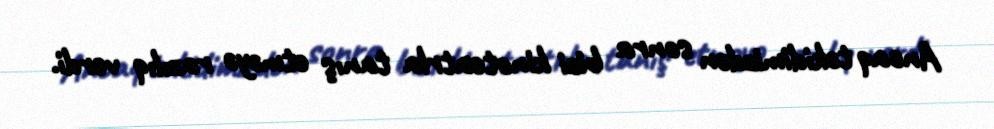
Ancaq təkidimizdən sonra bizi kinoteatrla tanış etməyə razılıq verdi.